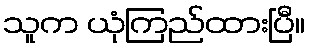
သူက ယုံကြည်ထားပြီ။